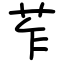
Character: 苲